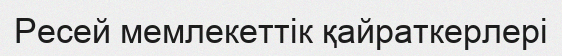
Ресей мемлекеттік қайраткерлері